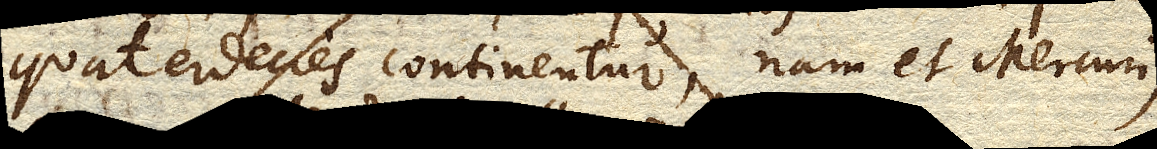
quaterdecies continentur, nam et Mercurius